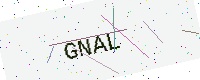
Text: GNAL